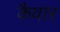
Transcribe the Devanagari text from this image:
कैवार